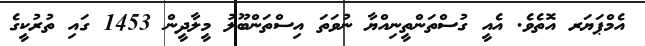
އެމްޕަޔަރ އޮތެވެ. އެއީ ގުސްތަންތީނިއްޔާ ނުވަތަ އިސްތަންބޫލު މީލާދީން 1453 ގައި ތުރުކީގެ